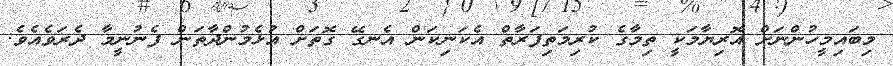
މިބައިމީހުންނަށް އޮރިޔާމަކީ ތިމާގެ ކުރިމަތިފަރާތް އެކަނިކަން އެނގޭ ގޮތަށް އުޅެމުންދާތަން ފެނުނީމާ ދެރަވެއެވެ.